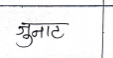
मजकूर: जुनाट